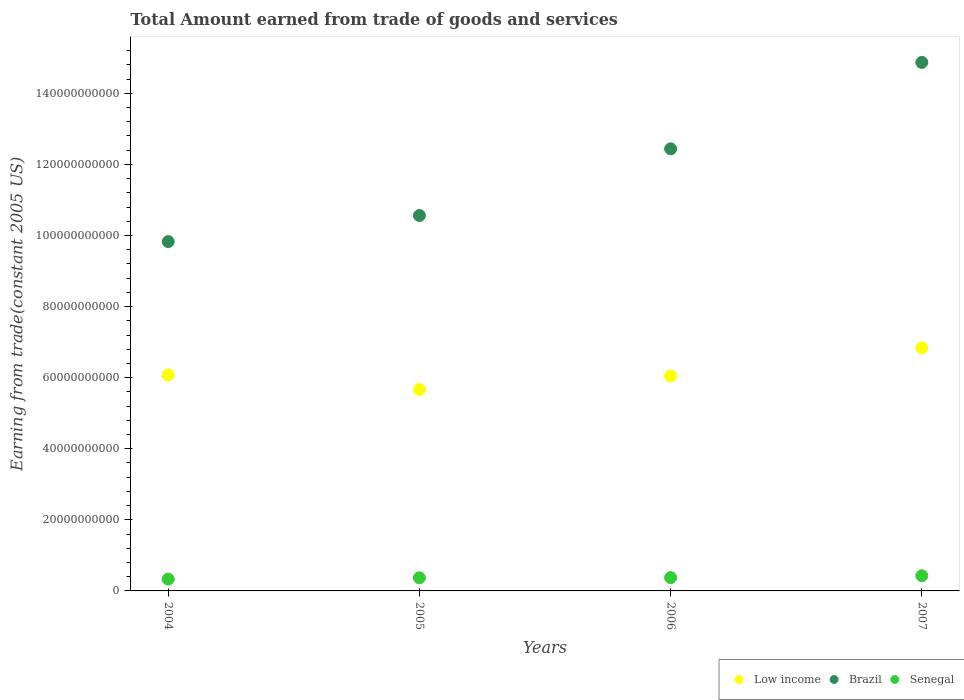
| Years | Low income | Brazil | Senegal |
 | --- | --- | --- | --- |
 | 2004 | 6.08e+10 | 9.83e+10 | 3.33e+09 |
 | 2005 | 5.67e+10 | 1.06e+11 | 3.69e+09 |
 | 2006 | 6.05e+10 | 1.24e+11 | 3.74e+09 |
 | 2007 | 6.84e+10 | 1.49e+11 | 4.27e+09 |